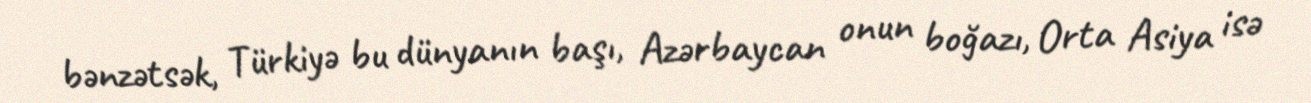
bənzətsək, Türkiyə bu dünyanın başı, Azərbaycan onun boğazı, Orta Asiya isə